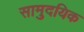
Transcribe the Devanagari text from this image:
सामुदयिक